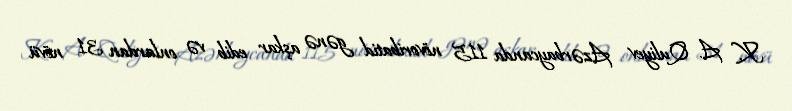
K. A. Quliyev Azərbaycanda 115 növoribatid gənə aşkar edib və onlardan 31 növü